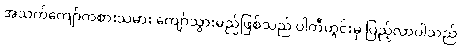
အသက်ကျော်ကစားသမား ကျော်သွားမည်ဖြစ်သည် ပါတီတွင်းမှ ပြည့်လာပါသည်